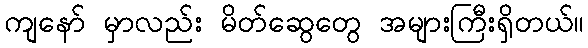
ကျနော် မှာလည်း မိတ်ဆွေတွေ အများကြီးရှိတယ်။